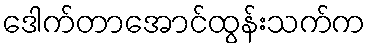
ဒေါက်တာအောင်ထွန်းသက်က